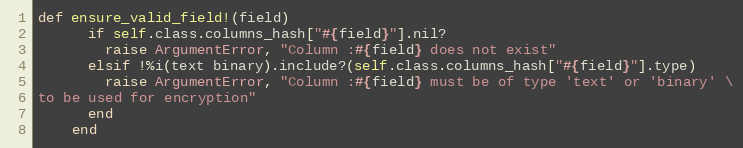
Language: Ruby
def ensure_valid_field!(field)
      if self.class.columns_hash["#{field}"].nil?
        raise ArgumentError, "Column :#{field} does not exist"
      elsif !%i(text binary).include?(self.class.columns_hash["#{field}"].type)
        raise ArgumentError, "Column :#{field} must be of type 'text' or 'binary' \
to be used for encryption"
      end
    end